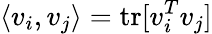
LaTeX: \langle v_{i},v_{j}\rangle=\mathrm{tr}[v_{i}^{T}v_{j}]